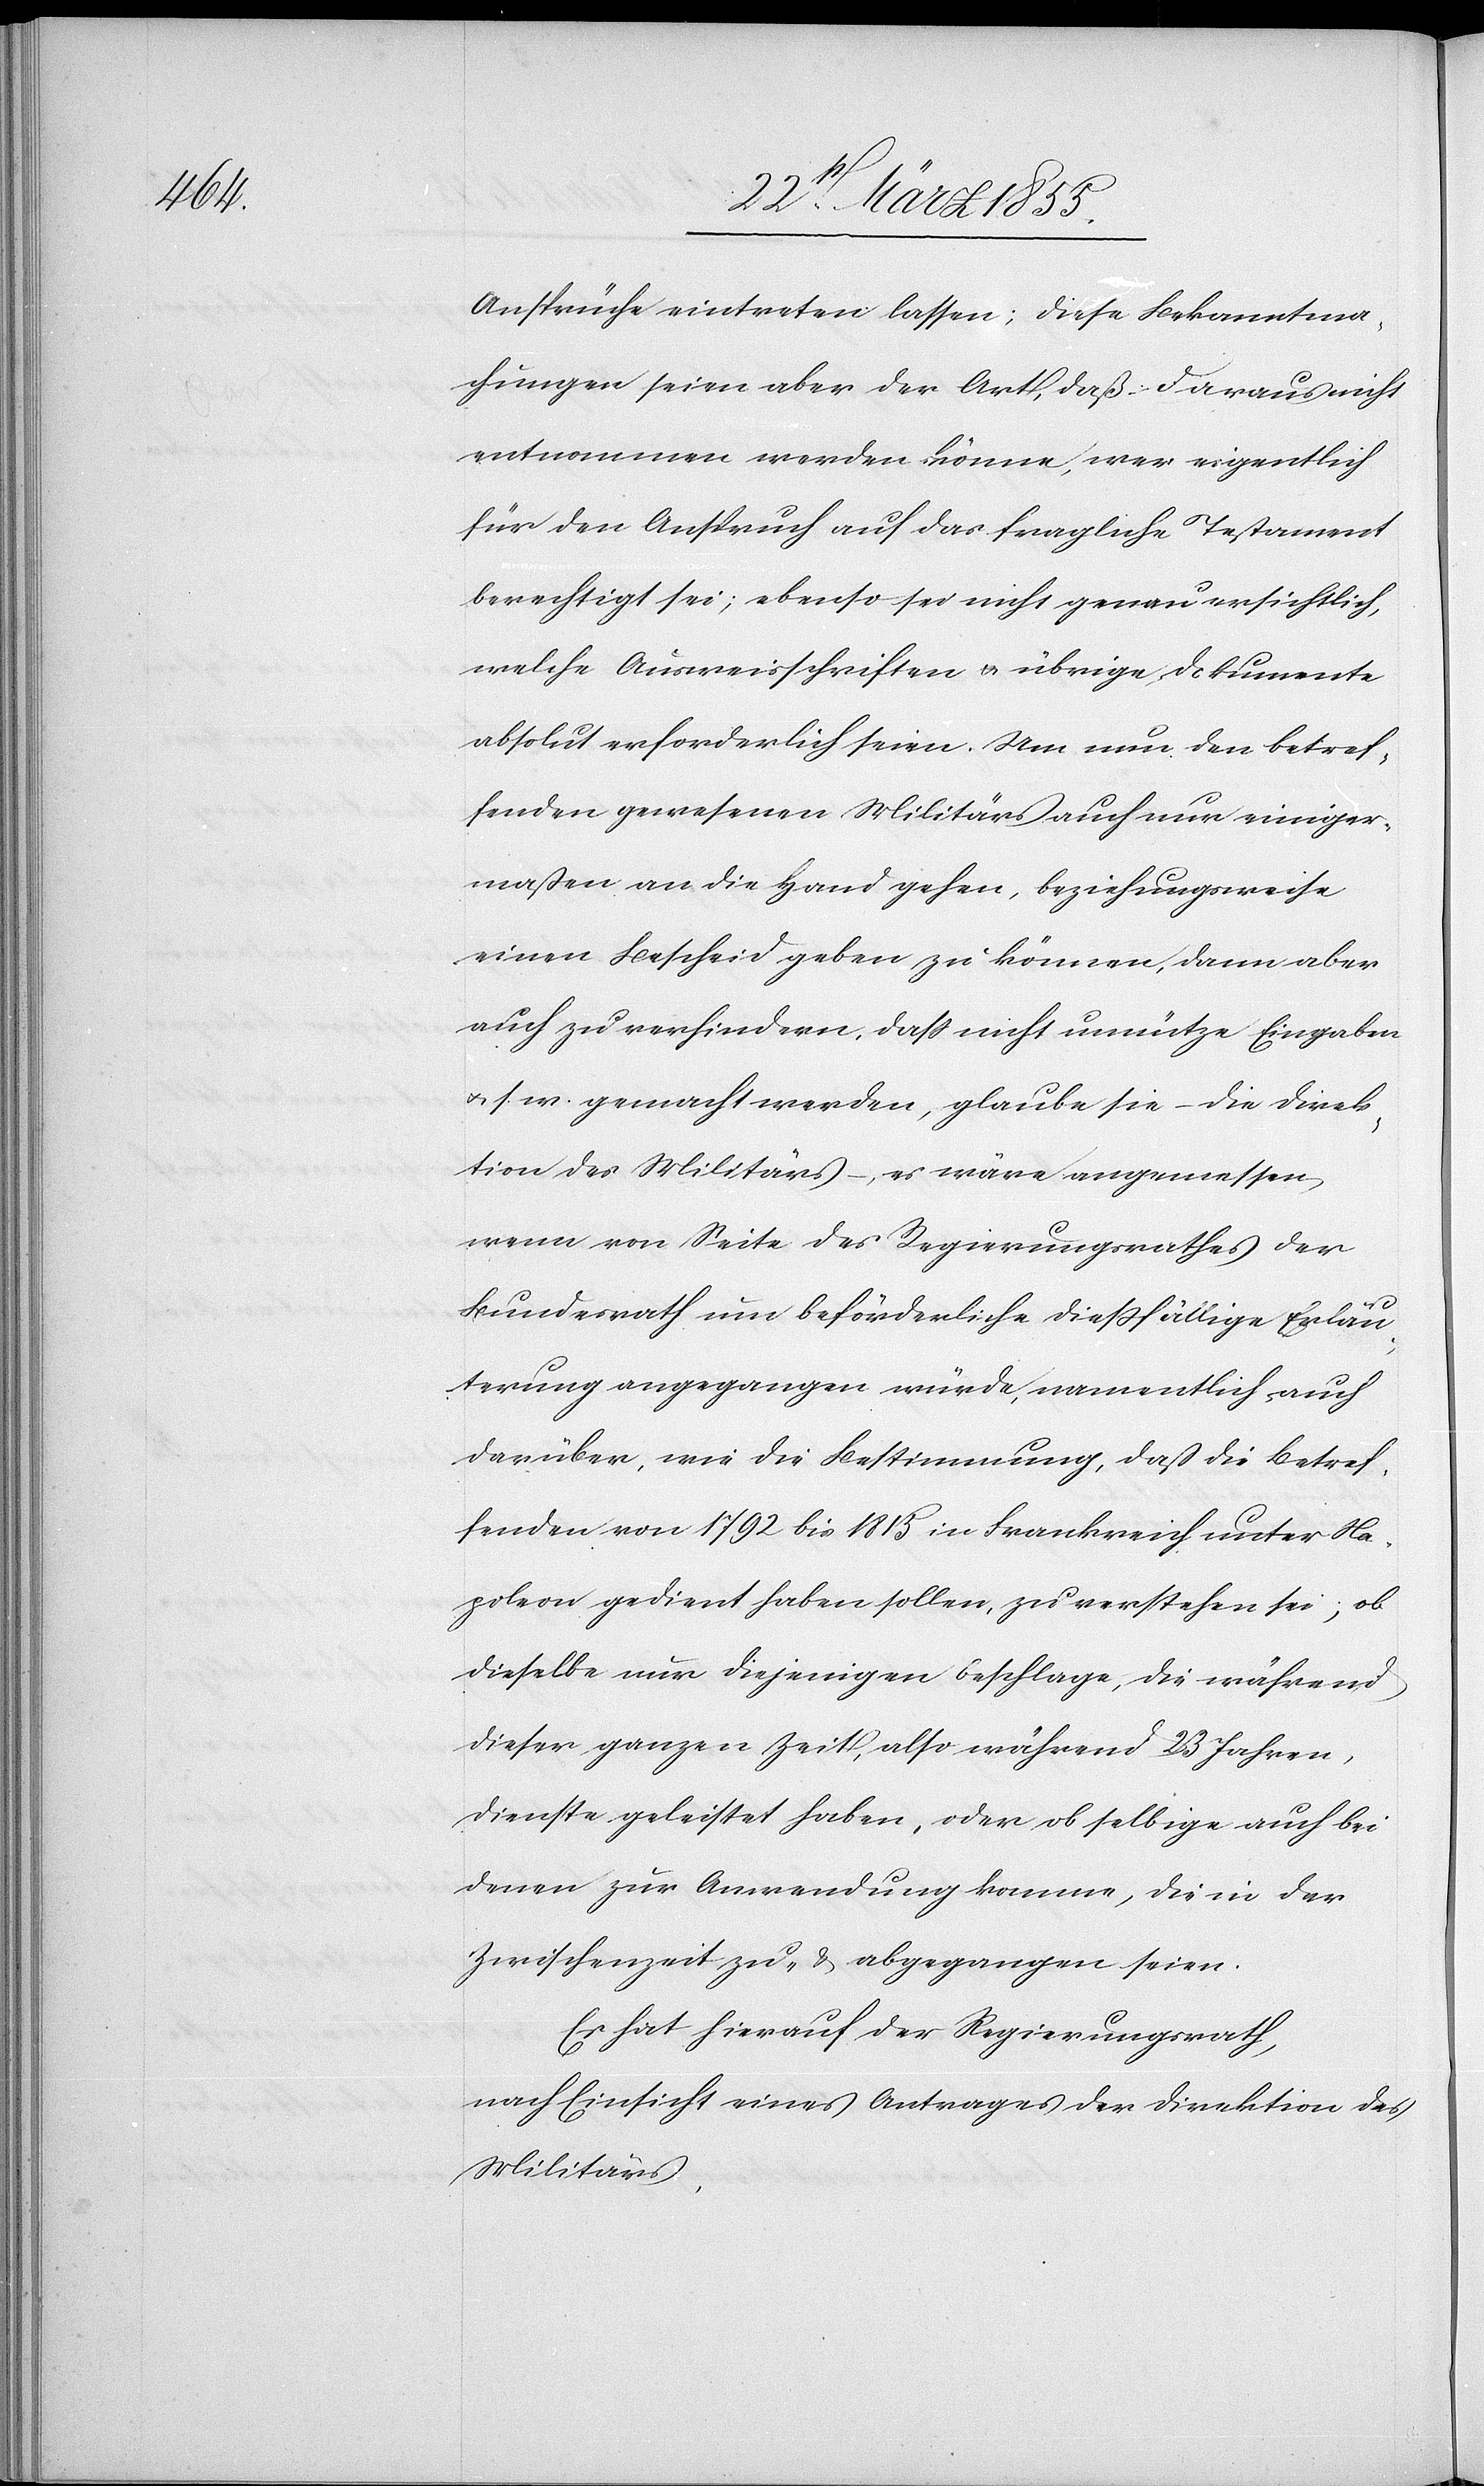
Ansprüche eintreten lassen; diese Bekanntma¬
chungen seien aber der Art, daß daraus nicht
entnommen werden könne, wer eigentlich
für den Anspruch auf das fragliche Testament
berechtigt sei; ebenso sei nicht genau ersichtlich,
welche Ausweisschriften & übrige Dokumente
absolut erforderlich seien. Um nun den betref¬
fenden gewesenen Militärs auch nur einiger¬
maßen an die Hand gehen, beziehungsweise
einen Bescheid geben zu können, dann aber
auch zu verhindern, dass nicht unnütze Eingaben
& s. w. gemacht werden, glaube sie – die Direk¬
tion des Militärs –, es wäre angemessen
wenn von Seite des Regierungsrathes der
Bundesrath um beförderliche diessfällige Erläu¬
terung angegangen würde, namentlich auch
darüber, wie die Bestimmung, daß die Betref¬
fenden von 1792 bis 1815 in Frankreich unter Na¬
poleon gedient haben sollen, zu verstehen sei; ob
dieselbe nur diejenigen beschlage, die während
dieser ganzen Zeit, also während 23 Jahren,
Dienste geleistet haben, oder ob selbige auch bei
denen zur Anwendung komme, die in der
Zwischenzeit zu- & abgegangen seien.
Es hat hierauf der Regierungsrath,
nach Einsicht eines Antrages der Direktion des
Militärs,